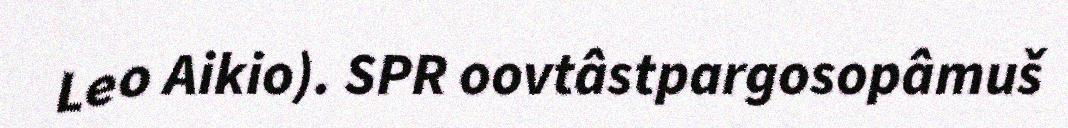
Leo Aikio). SPR oovtâstpargosopâmuš